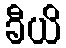
ခီယိ